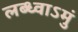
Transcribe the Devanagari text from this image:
लब्ध्वाऽमुं